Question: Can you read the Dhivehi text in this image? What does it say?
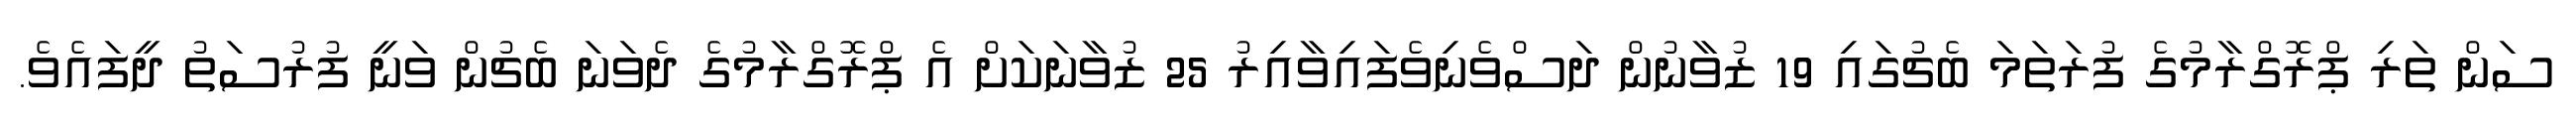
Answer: ސަން ތަރި ޕްރޮގްރާމުގެ ފުރަތަމަ ބެޗުގައި 19 ޒުވާނުން ދަސްވެނިވެފައިވާއިރު 25 ޒުވާނަކަށް އެ ޕްރޮގްރާމުގެ ދެވަނަ ބެޗުން ވަނީ ފުރުސަތު ދީފައެވެ.